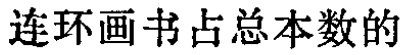
连环画书占总本数的